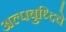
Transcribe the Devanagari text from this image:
अल्पबुध्दिचे